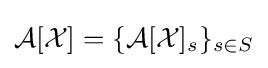
{\mathcal {A}}[{\mathcal {X}}]=\{{\mathcal {A}}[{\mathcal {X}}]_{s}\}_{s\in S}